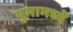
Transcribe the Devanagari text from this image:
युमामध्ये